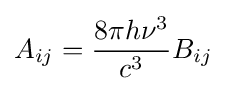
A_{ij}={\frac {8\pi h\nu ^{3}}{c^{3}}}B_{ij}